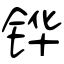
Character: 铧